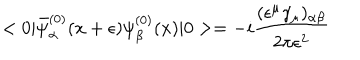
< 0 | { \bar { \psi } } _ { \alpha } ^ { ( 0 ) } ( x + \epsilon ) \psi _ { \beta } ^ { ( 0 ) } ( x ) | 0 > = - i { \frac { ( \epsilon ^ { \mu } \gamma _ { \mu } ) _ { \alpha \beta } } { 2 \pi \epsilon ^ { 2 } } }